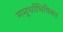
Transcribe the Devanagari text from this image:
ममूर्धाभिषिक्त